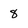
Character: 8